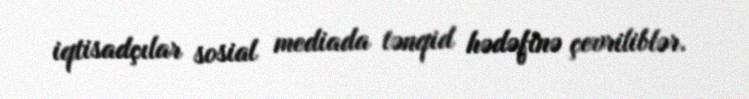
iqtisadçılar sosial mediada tənqid hədəfinə çevriliblər.